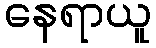
နေရာယူ